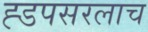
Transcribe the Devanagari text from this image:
ह्डपसरलाच